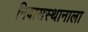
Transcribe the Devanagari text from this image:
निवासस्थानाला